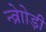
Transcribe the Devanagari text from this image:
न्व्रेाोड़ी